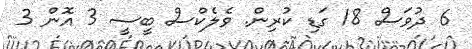
6 ދުވަސް 18 ގަޑި ކުރިން. ވެލެކްސް ބީސީ 3 އޮން 3